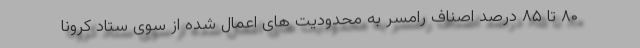
۸۰ تا ۸۵ درصد اصناف رامسر به محدودیت های اعمال شده از سوی ستاد کرونا